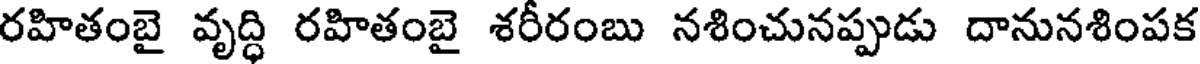
రహితంబై వృద్ధి రహితంబై శరీరంబు నశించునప్పుడు దానునశింపక